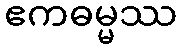
ဧကဓမ္မဿ